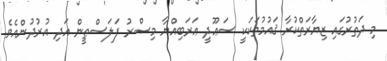
މި ދަތުރުގައި ޒިޔާރަތްކުރާ ޤައުމުތަކަކީ ސަޢޫދީ ޢަރަބިއްޔާ މިޞްރު ފަލަސްޠީން އަދި އުރުދުންއެވެ.